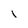
Character: 1